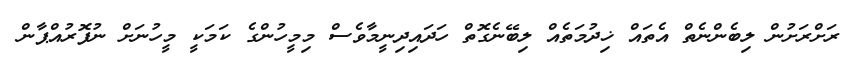
ރަށްރަށުން ލިބެންނެތް އެތައް ޚިދުމަތެއް ލިބޭނެގޮތް ހަދައިދިނީމާވެސް މިމީހުންގެ ކަމަކީ މީހުނަށް ނުފޮރުއްޕާން